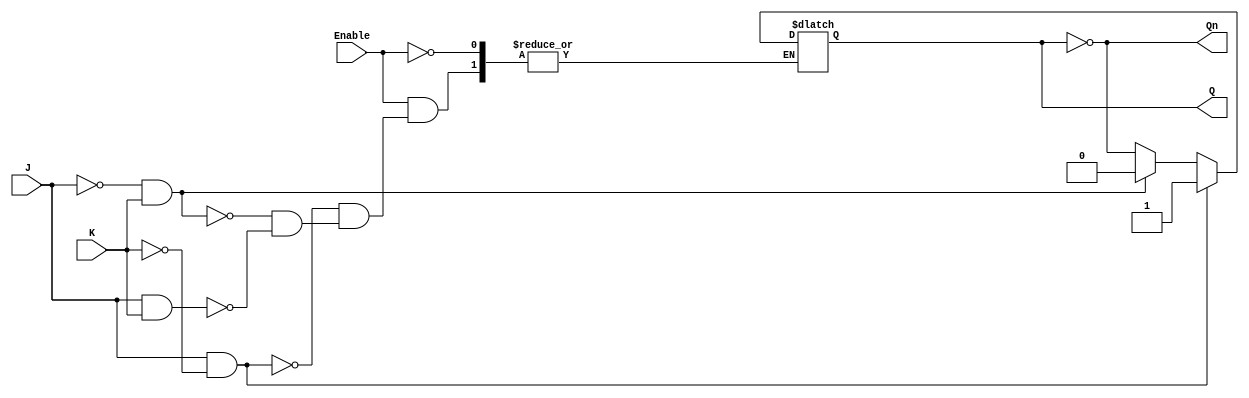
module GatedJKLatch (
    input J,          // Set input
    input K,          // Reset input
    input Enable,     // Control signal
    output reg Q,     // Current state output
    output reg Qn     // Inverted output
);

    always @ (Enable or J or K) begin
        if (Enable) begin
            if (J && !K) begin
                Q <= 1'b1;      // Set
            end else if (!J && K) begin
                Q <= 1'b0;      // Reset
            end else if (J && K) begin
                Q <= ~Q;        // Toggle
            end
            // If J = 0 and K = 0, do nothing (retain state)
        end
        // Update inverted output
        Qn <= ~Q;
    end

endmodule